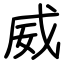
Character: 威